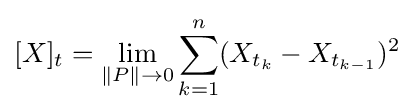
[X]_{t}=\lim _{\Vert P\Vert \rightarrow 0}\sum _{k=1}^{n}(X_{t_{k}}-X_{t_{k-1}})^{2}